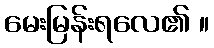
မေးမြန်းရလေ၏ ။